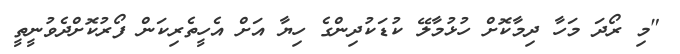
"މި ރޯދަ މަހާ ދިމާކޮށް ހުޅުމާލޭ ކުޑަކުދިންގެ ހިޔާ އަށް އެހީތެރިކަން ފޯރުކޮށްދެވުނީތީ